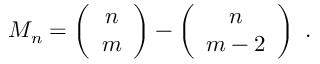
M _ { n } = \left( \begin{array} { c } { { n } } \\ { { m } } \end{array} \right) - \left( \begin{array} { c } { { n } } \\ { { m - 2 } } \end{array} \right) ~ .